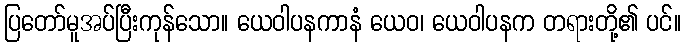
ပြတော်မူအပ်ပြီးကုန်သော။ ယေဝါပနကာနံ ယေဝ၊ ယေဝါပနက တရားတို့၏ ပင်။